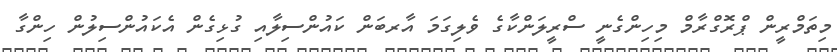
މިތަމްރީން ޕްރޮގްރާމް މިހިންގެނީ ސްރީލަންކާގެ ވެލިގަމަ އާރބަން ކައުންސިލާއި ގުޅިގެން އެކައުންސިލުން ހިންގާ